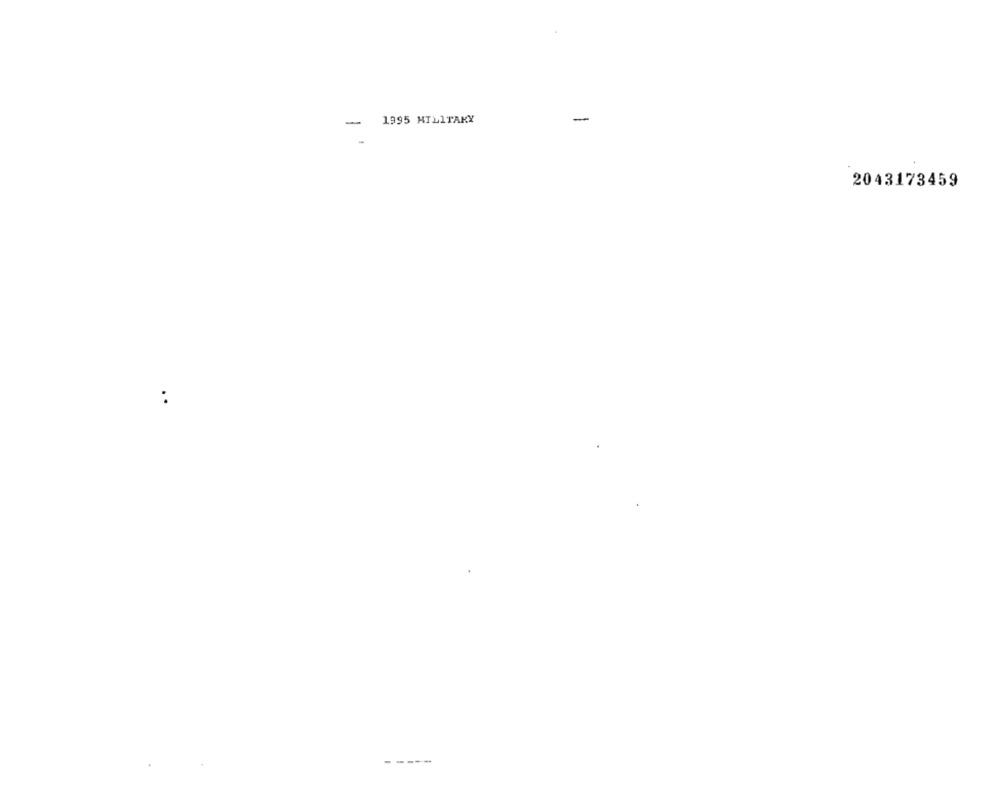
-
-
1995 MILITAKY
2043173459
..
-----